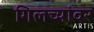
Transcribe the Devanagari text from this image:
गिलच्यांवर